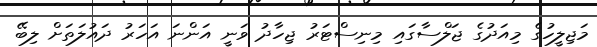
މަޖިލީހުގެ މިއަދުގެ ޖަލްސާގައި މިނިސްޓަރު ޖިހާދު ވަނީ އަންނަ އަހަރު ދައުލަތަށް ލިބޭ